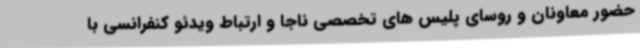
حضور معاونان و روسای پلیس های تخصصی ناجا و ارتباط ویدئو کنفرانسی با